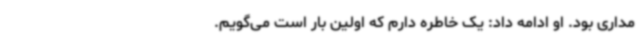
‌مداری بود. او ادامه داد: یک خاطره دارم که اولین بار است می‌گویم.